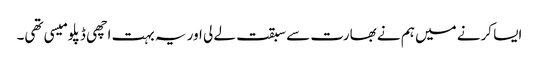
ایسا کرنے میں ہم نے بھارت سے سبقت لے لی اور یہ بہت اچھی ڈپلومیسی تھی۔